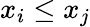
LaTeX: x_{i}\leq x_{j}